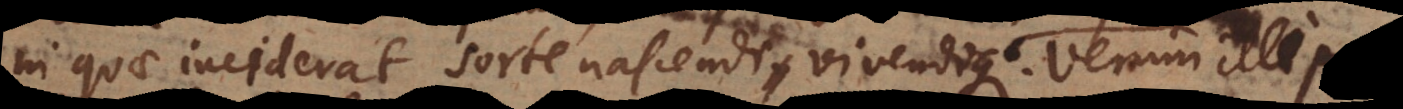
in quae inciderat sorte nascendi vivendique. Et